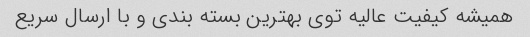
همیشه کیفیت عالیه توی بهترین بسته بندی و با ارسال سریع